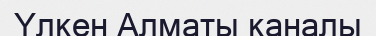
Үлкен Алматы каналы